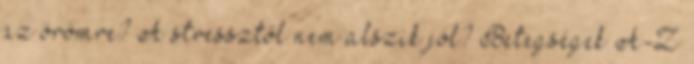
az örömre? A stressztől nem alszik jól? Betegségek A-Z